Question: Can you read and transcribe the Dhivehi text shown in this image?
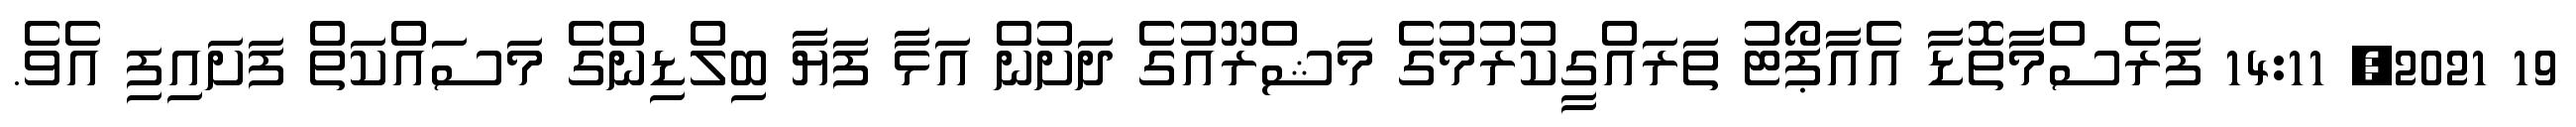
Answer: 19 2021, 14:11 ފަރެސްމާތޮޑާ އެއާޕޯޓު ތަރައްގީކުރުމުގެ މަޝްރޫއުގެ ދަށުން އަޅާ ފަޔާ ބިލްޑިންގެ މަސައްކަތް ފަށައިފި އެވެ.